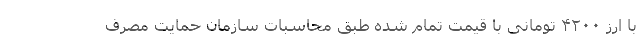
با ارز ۴۲۰۰ تومانی با قیمت تمام شده طبق محاسبات سازمان حمایت مصرف